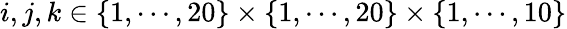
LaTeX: i,j,k\in\{ 1,\cdots,20\} \times\{ 1,\cdots,20\} \times\{ 1,\cdots,10\}